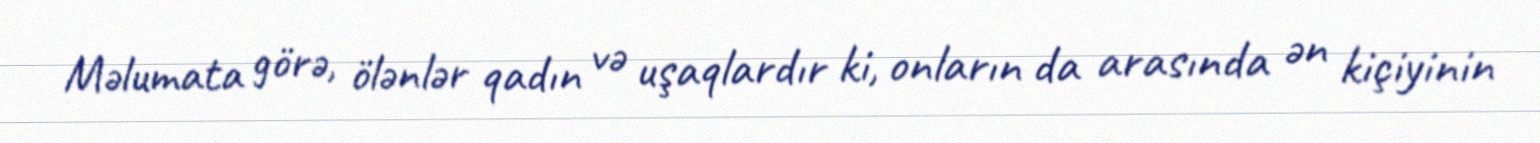
Məlumata görə, ölənlər qadın və uşaqlardır ki, onların da arasında ən kiçiyinin